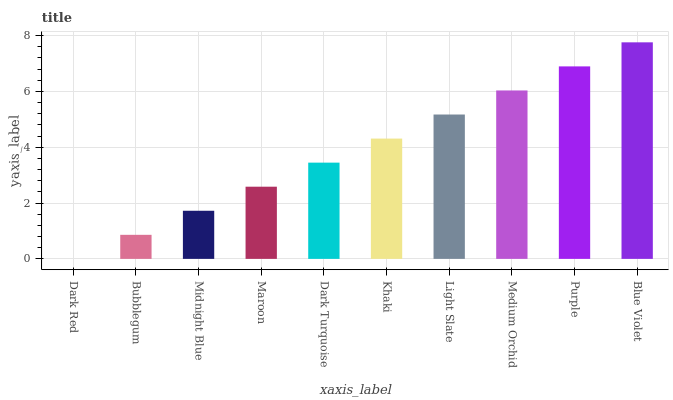
| xaxis_label | bars |
 | --- | --- |
 | Dark Red | 0 |
 | Bubblegum | 0.862 |
 | Midnight Blue | 1.72 |
 | Maroon | 2.59 |
 | Dark Turquoise | 3.45 |
 | Khaki | 4.31 |
 | Light Slate | 5.17 |
 | Medium Orchid | 6.03 |
 | Purple | 6.9 |
 | Blue Violet | 7.76 |